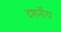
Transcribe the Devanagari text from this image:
दशर्नीय